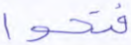
فتحوا